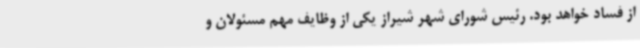
از فساد خواهد بود. رئیس شورای شهر شیراز یکی از وظایف مهم مسئولان و